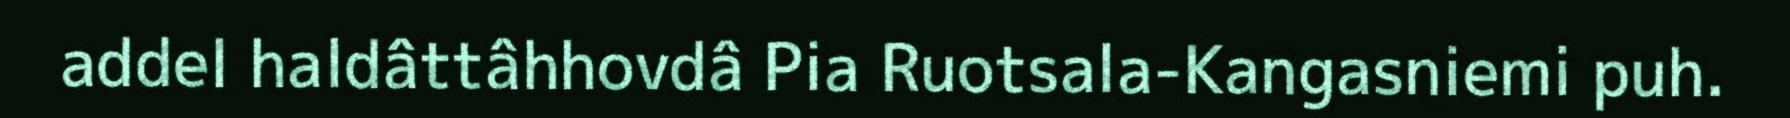
addel haldâttâhhovdâ Pia Ruotsala-Kangasniemi puh.